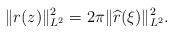
\begin{align*}\|r(z)\|_{L^2}^2=2\pi\|\widehat{r}(\xi)\|_{L^2}^2.\end{align*}